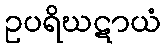
ဥပရိဃဋာယံ